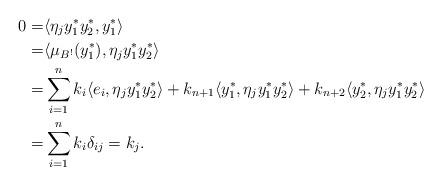
LaTeX: \begin{align*} 0=&\langle \eta_jy_1^*y_2^*, y_1^*\rangle\\=&\langle \mu_{B^!}(y_1^*), \eta_jy_1^*y_2^*\rangle\\=&\sum\limits_{i=1}^{n}k_i\langle e_i, \eta_jy_1^*y_2^*\rangle +k_{n+1}\langle y_1^*, \eta_jy_1^*y_2^*\rangle+ k_{n+2}\langle y_2^*, \eta_jy_1^*y_2^*\rangle\\=&\sum\limits_{i=1}^{n}k_i\delta_{ij}=k_j.\end{align*}